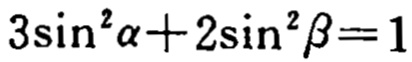
\(3\sin^{2}\alpha + 2\sin^{2}\beta = 1\)